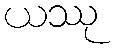
ယဿု